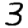
Digit: 3